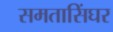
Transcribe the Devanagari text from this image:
समतासिंघर